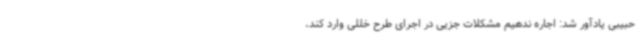
حبیبی یادآور شد: اجاره ندهیم مشکلات جزیی در اجرای طرح خللی وارد کند،